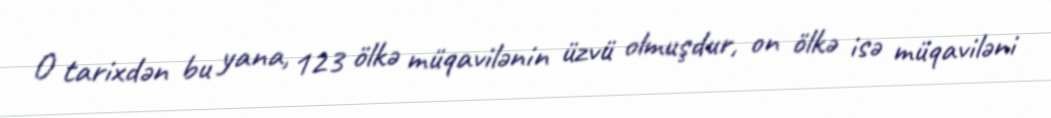
O tarixdən bu yana, 123 ölkə müqavilənin üzvü olmuşdur, on ölkə isə müqaviləni